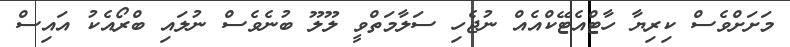
މަށަށްވެސް ކިރިޔާ ހާޓްއެޓޭކްއެއް ނުޖެހި ސަލާމަތްވީ ލޫލޫ ބުނެވެސް ނުލައި ބްރޯއެކު އައިސް